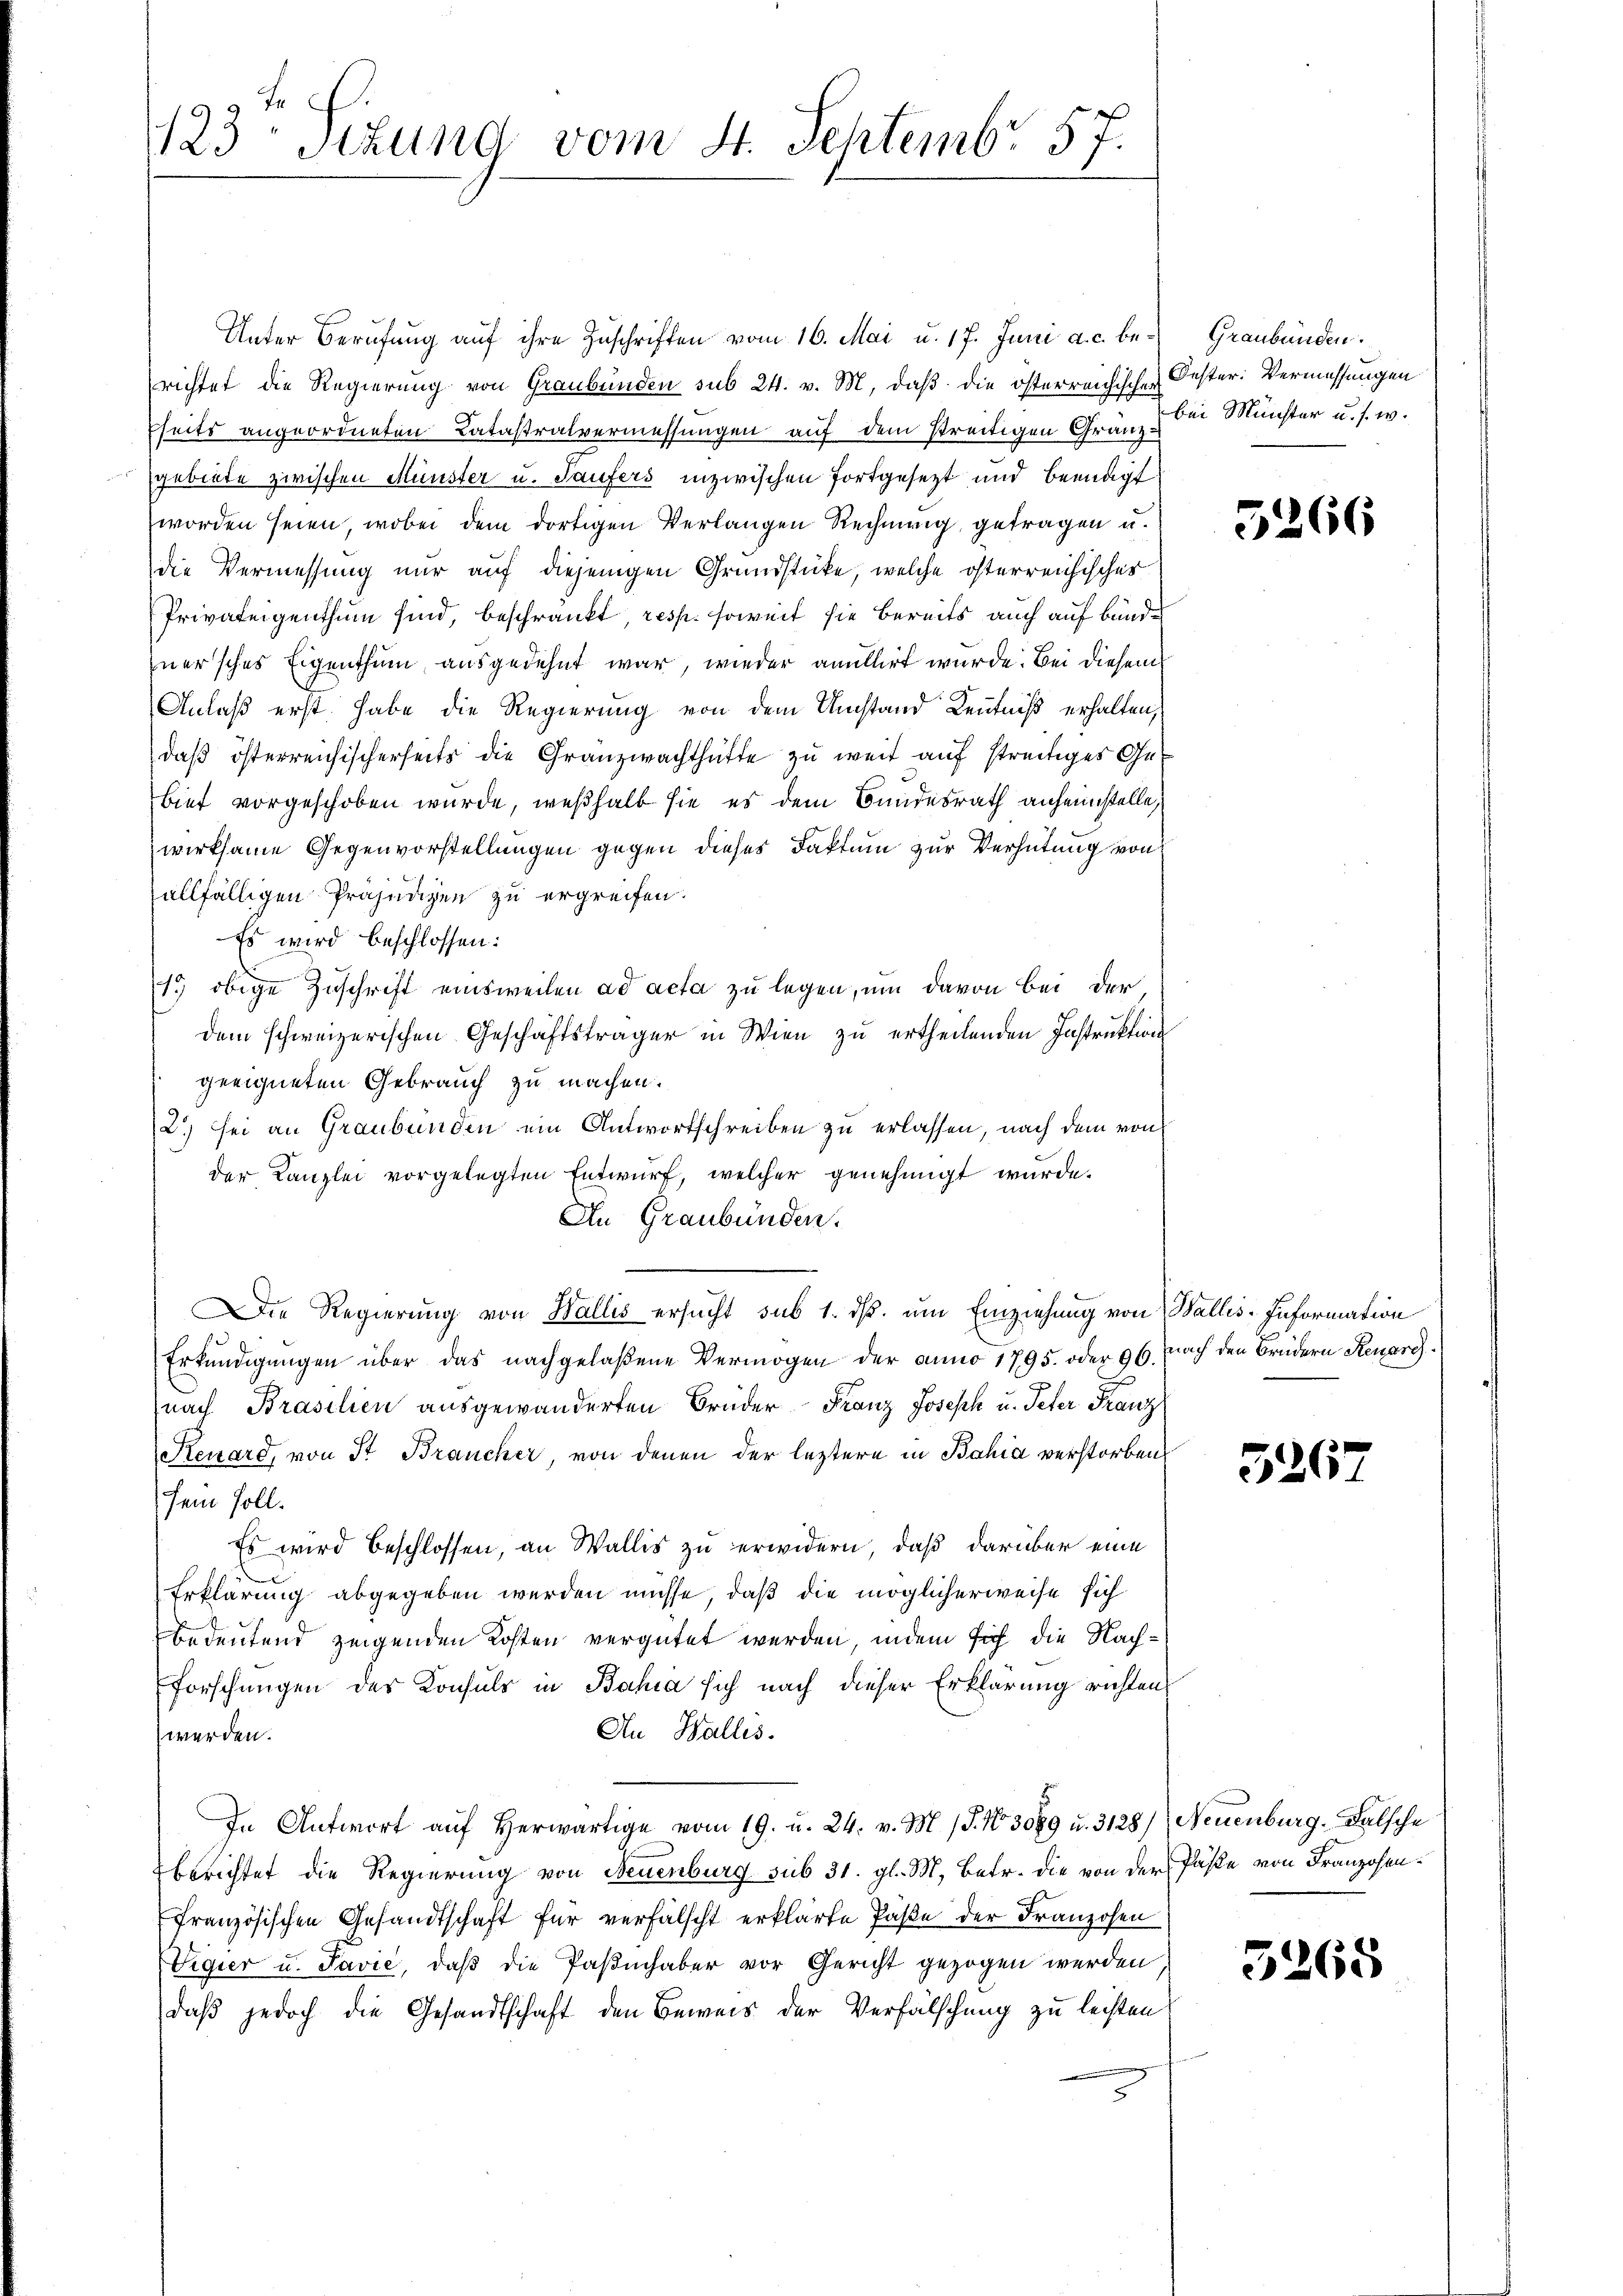
123 Stzung vom 4. Septembr 57.

Unter Berufung auf ihre Zuschriften vom 16. Mai u. 17. Juni a. c. berichtet die Regierung von Graubünden sub 24. v. M. daß die österreichischen Oester: Vermessungen
fseits angeordneten Catastralvermessungen auf dem streitigen Gränz & bei Münster u. s. w.
gebiete zwischen Münster u. Saufers inzwischen fortgesezt und Beendigt
worden seien, wobei dem dortigen Verlangen Rechnung getragen u.
die Vermessung nur auf diejenigen Grundstücke, welche österreichisches
Privateigenthum sind, beschränkt, resp. soweit sie bereits auch auf bunde
zuersches Eigenthum ausgedehnt war, wieder anullirt wurde. Bei diesem
Anlaß erst habe die Regierung von dem Umstand Kenntniß erhalten,
daß österreichischerseits die Granzwachthütte zu weit auf streitiges Ge¬
Bief vorgeschoben wurde, weßhalb sie es dem Bundesrath anheimstelle,
wirksame Gegenvorstellungen gegen dieses Faktum zur Verhütung von
allfälligen Präjungen zu ergreifen.
Es wird beschlossen:
15 obige Zuschrift einsweilen ad acta zu legen, um davon bei der,
dem schweizerischen Geschäftsträger in Wien zu ertheilenden Instruktion
geeigneten Gebrauch zu machen.
2.) sei an Graubünden ein Antwortschreiben zu erlassen, nach dem von
der Kanzlei vorgelegten Entwurf, welcher genehmigt wurde.
An Graubünden.
Die Regierung von Wallis ersucht sub 1. dß. um Einziehung von Wallis-Information
Erkündigungen über das nachgelaßene Vermögen der anno 1795. oder 96. nach den Brüdern Renarg
nach Brasilien ausgewanderten Brüder Franz Joseph u. Peter Franz
Reuard, von St. Braucher, von denen der leztere in Bahia verstorben
sein soll.
Es wird beschlossen, an Wallis zu erwidern, daß darüber eine
Erklärung abgegeben werden müsse, daß die möglicherweise sich
bedeutend zeigenden Kosten vergütet werden, indem sich die Nach¬
Forschungen des Konsuls in Bahia sich nach dieser Erklärung richtens
An Wallis.
werden.
In Antwort aŭf herwärtige vom 19. u. 24. v. M. (S. No 3089 u. 3128) Neuenburg. Falsche
berichtet die Regierung von Feuenburg sub 31. gl. M. Betr. die von der Päße von Franzosenfranzösischen Gesandtschaft für verfälscht erklärte Paße der Franzosen
Vigier u. Javić, daß die Paßinhaber vor Gericht gezogen werden
daß jedoch die Gesandtschaft den Beweis der Verfälschung zu leisten

Graubünden.

5266

526.

5268